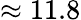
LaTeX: \approx 11.8